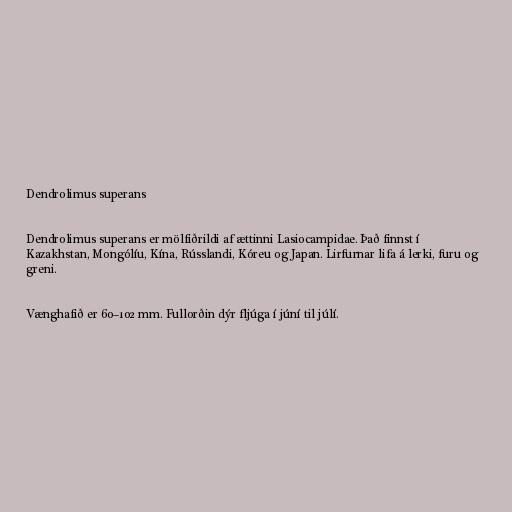
Dendrolimus superans

Dendrolimus superans er mölfiðrildi af ættinni Lasiocampidae. Það finnst í
Kazakhstan, Mongólíu, Kína, Rússlandi, Kóreu og Japan. Lirfurnar lifa á lerki, furu og
greni.

Vænghafið er 60–102 mm. Fullorðin dýr fljúga í júní til júlí.